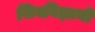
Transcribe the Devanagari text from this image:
जिवविज्ञानी